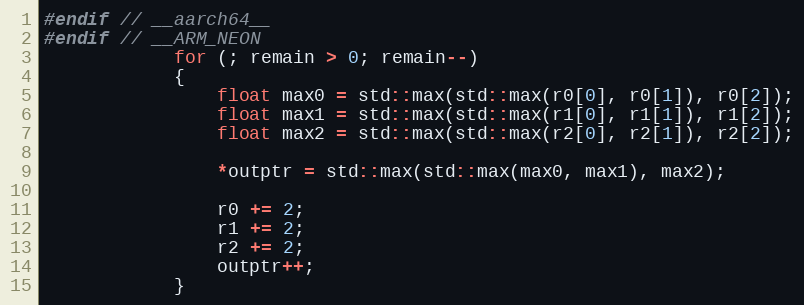
Language: C
#endif // __aarch64__
#endif // __ARM_NEON
            for (; remain > 0; remain--)
            {
                float max0 = std::max(std::max(r0[0], r0[1]), r0[2]);
                float max1 = std::max(std::max(r1[0], r1[1]), r1[2]);
                float max2 = std::max(std::max(r2[0], r2[1]), r2[2]);

                *outptr = std::max(std::max(max0, max1), max2);

                r0 += 2;
                r1 += 2;
                r2 += 2;
                outptr++;
            }